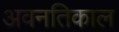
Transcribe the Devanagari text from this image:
अवनतिकाल